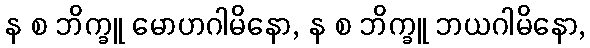
န စ ဘိက္ခူ မောဟဂါမိနော, န စ ဘိက္ခူ ဘယဂါမိနော,